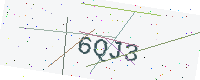
Text: 6QJ3